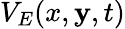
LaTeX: V_{E}(x,\mathbf{y},t)